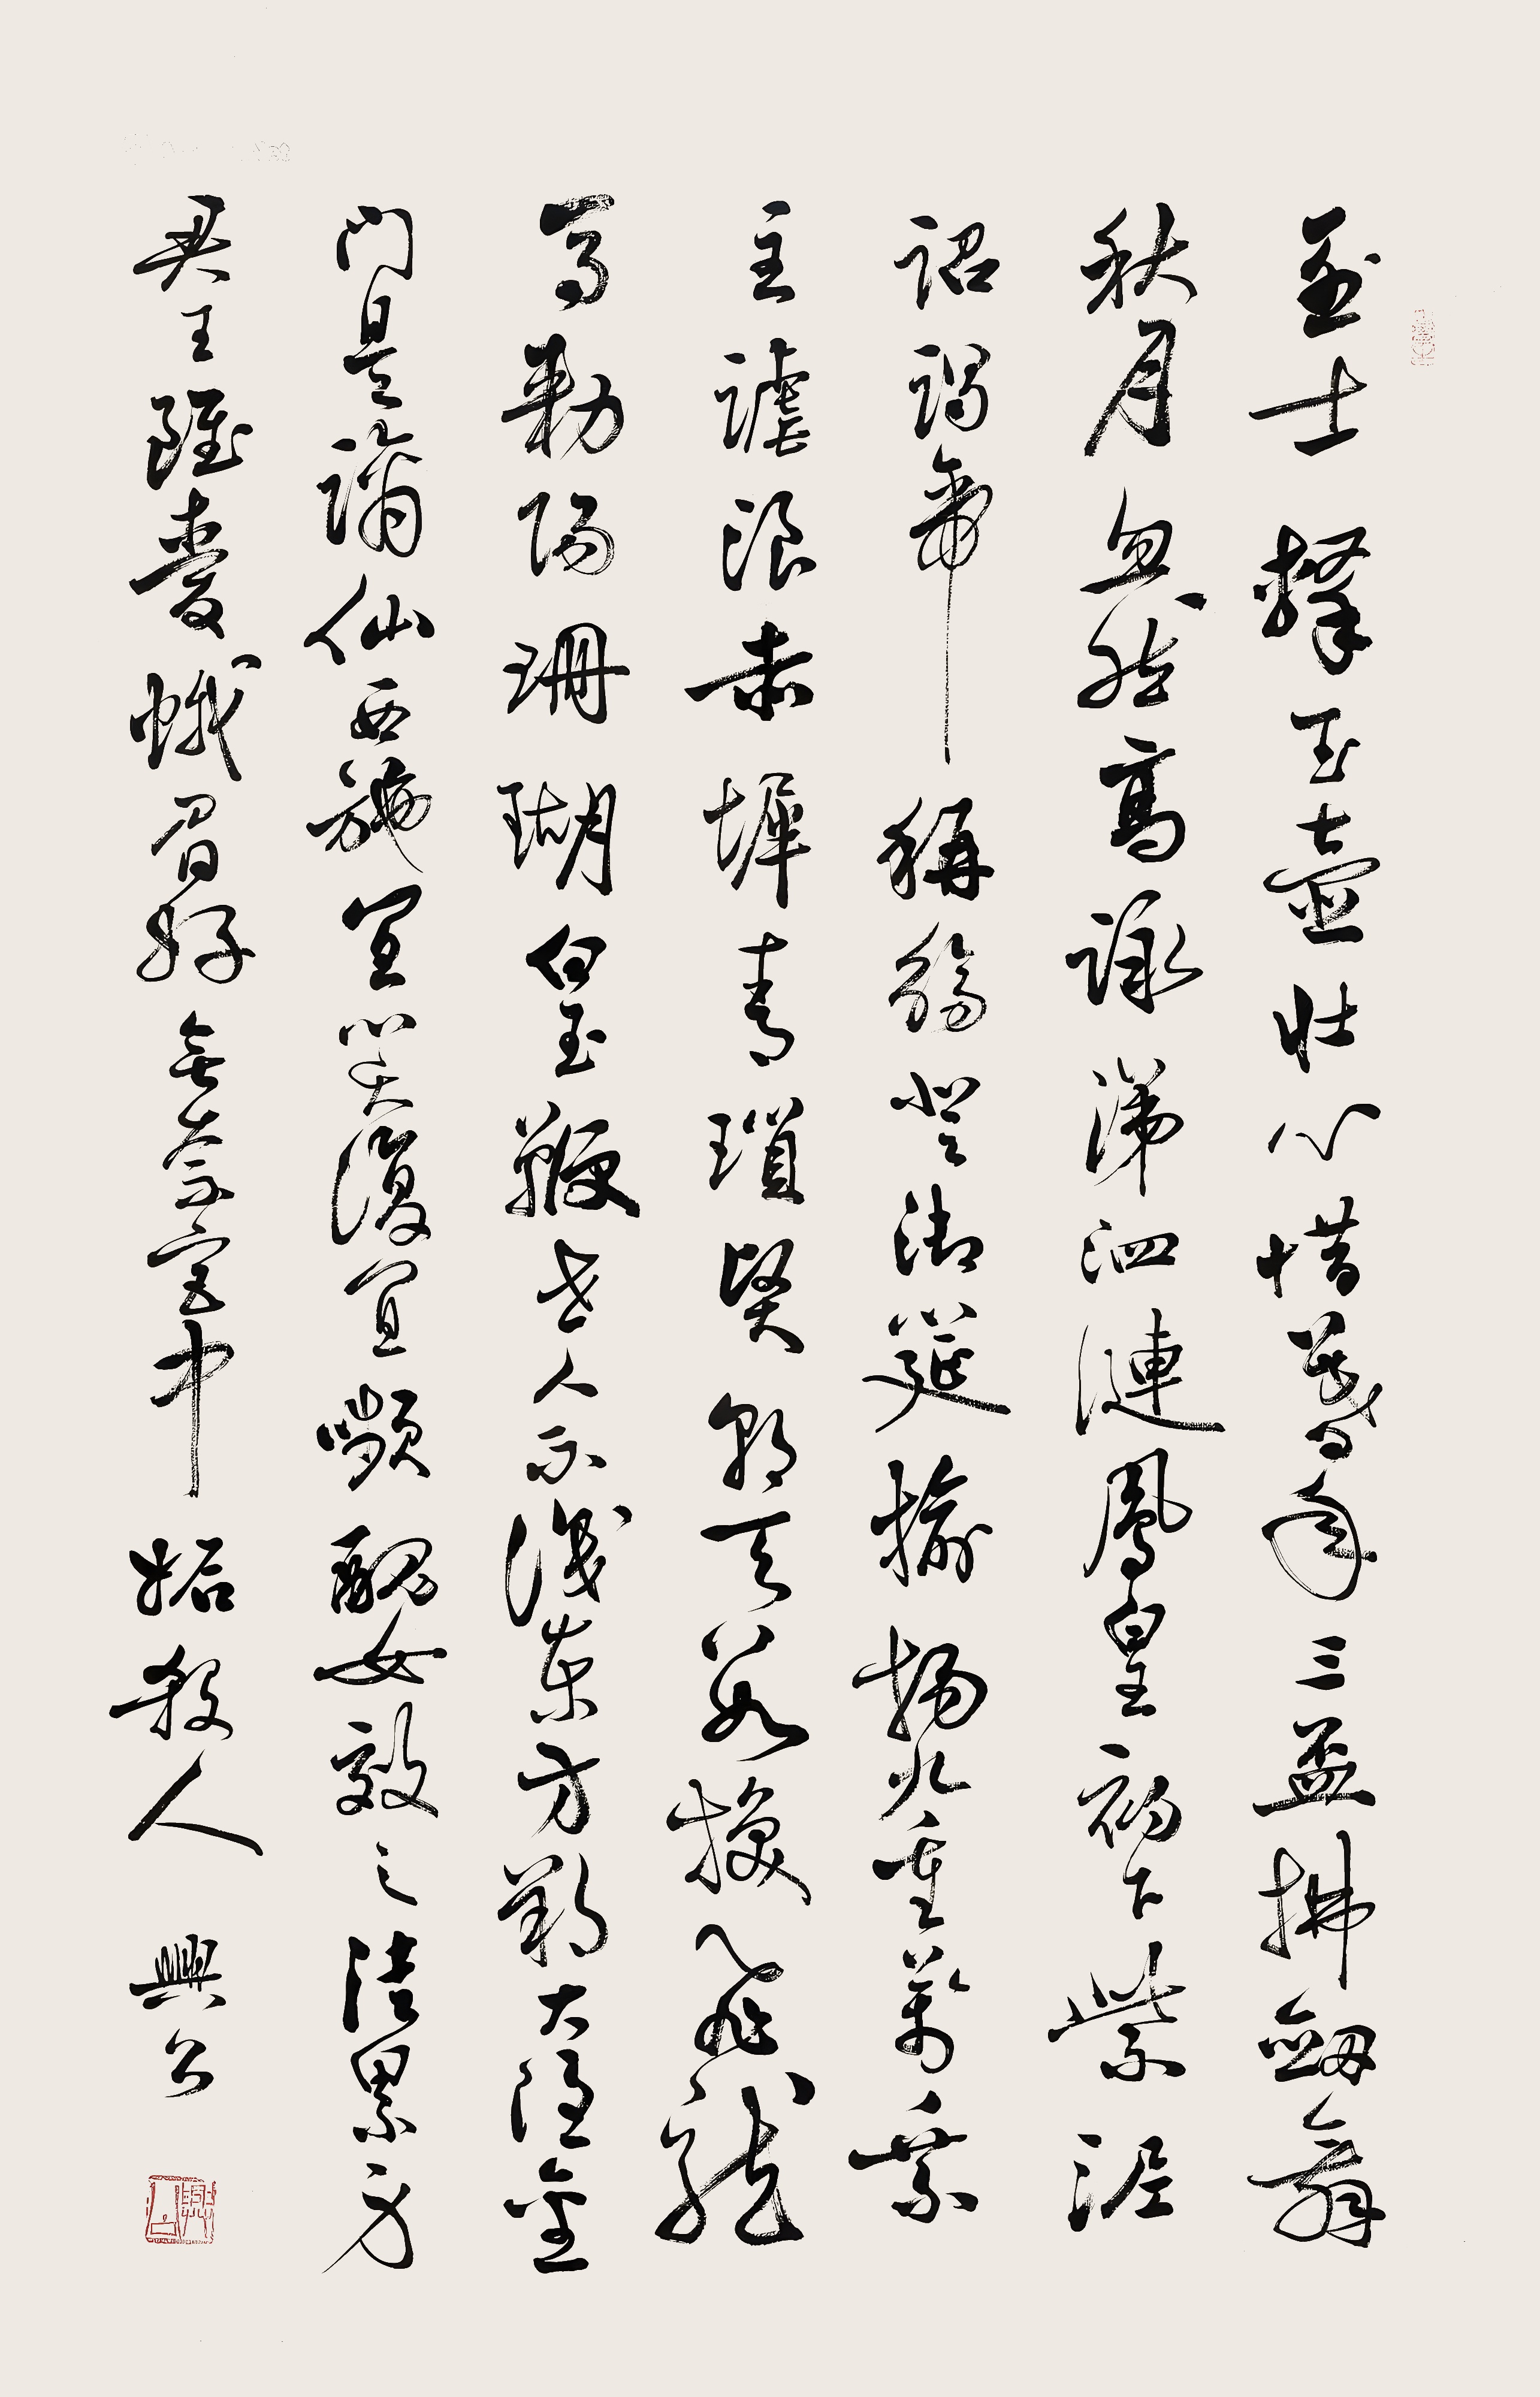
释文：烈士击玉壶，壮心惜暮年。三杯拂剑舞秋月，忽然高咏涕泗涟。凤凰初下紫泥诏，谒帝称觞登御筵。揄扬九重万乘主，谑浪赤墀青琐贤。朝天数换飞龙马，敕赐珊瑚白玉鞭。世人不识东方朔，大隐金门是谪仙。西施宜笑复宜颦，丑女效之徒累身。君王虽爱蛾眉好，无奈宫中妒杀人！兴公。